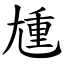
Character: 尰